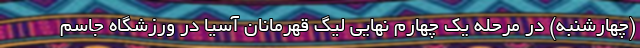
(چهارشنبه) در مرحله یک چهارم نهایی لیگ قهرمانان آسیا در ورزشگاه جاسم